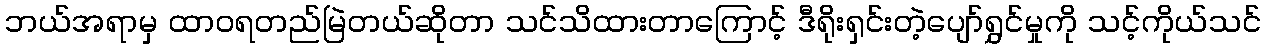
ဘယ်အရာမှ ထာဝရတည်မြဲတယ်ဆိုတာ သင်သိထားတာကြောင့် ဒီရိုးရှင်းတဲ့ပျော်ရွှင်မှုကို သင့်ကိုယ်သင်